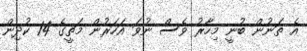
އެ ތަނުން ބުނީ މިހާރު ވެސް ނުވަ އަހަރުން މަތީގެ 14 ކުދިން